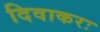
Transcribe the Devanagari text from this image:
दिवाकरः